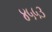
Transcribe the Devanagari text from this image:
४५५३